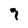
Character: 9